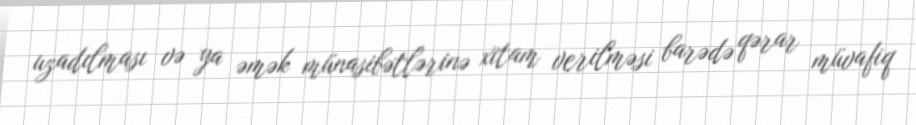
uzadılması və ya əmək münasibətlərinə xitam verilməsi barədə qərar müvafiq